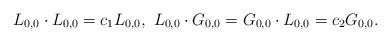
LaTeX: \begin{align*}L_{0,0}\cdot L_{0,0}=c_1L_{0,0},\ L_{0,0}\cdot G_{0,0}=G_{0,0}\cdot L_{0,0}=c_2G_{0,0}.\end{align*}